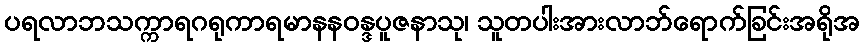
ပရလာဘသက္ကာရဂရုကာရမာနနဝန္ဒပူဇနာသု၊ သူတပါးအားလာဘ်ရောက်ခြင်းအရိုအ